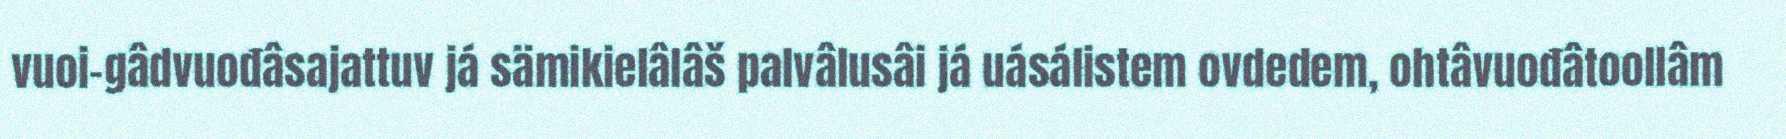
vuoi-gâdvuođâsajattuv já sämikielâlâš palvâlusâi já uásálistem ovdedem, ohtâvuođâtoollâm